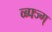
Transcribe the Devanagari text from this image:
व्ब्फ्ज्ग्